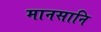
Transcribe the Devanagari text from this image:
मानसानि